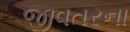
જીવતરના